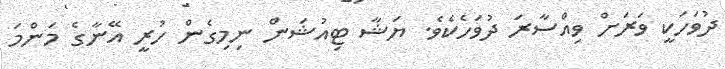
ދުވަހަކީ ވަރަށް ވިއްސާރަ ދުވަހެކެވެ. ޔަޝާ ޓިއުޝަން ނިމިގެން ހުރީ އޭނާގެ މަންމަ